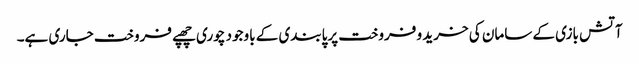
آتش بازی کے سامان کی خرید و فروخت پرپابندی کے باوجود چوری چھپے فروخت جاری ہے۔